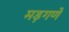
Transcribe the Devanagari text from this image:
मड़गणे